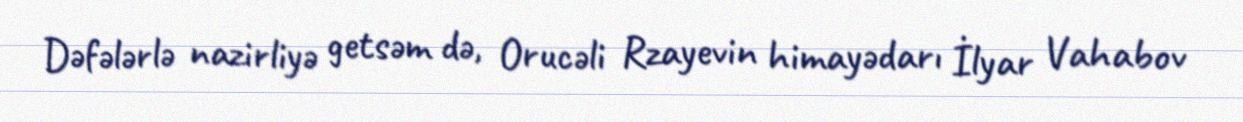
Dəfələrlə nazirliyə getsəm də, Orucəli Rzayevin himayədarı İlyar Vahabov